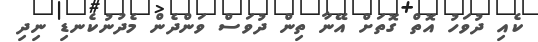
ކެއި ދުވަހު އޮތް ގޮތަށް އޭނާ ތިން ދުވަސް ވަންދެން މެދުނުކެނޑި ނިދި